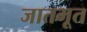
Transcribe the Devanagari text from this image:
जातभूत